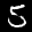
Label: 5